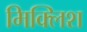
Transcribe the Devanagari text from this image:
मिक्लिश